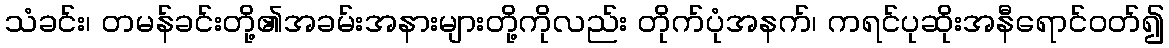
သံခင်း၊ တမန်ခင်းတို့၏အခမ်းအနားများတို့ကိုလည်း တိုက်ပုံအနက်၊ ကရင်ပုဆိုးအနီရောင်ဝတ်၍